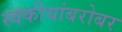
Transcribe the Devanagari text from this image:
स्वकीयांबरोबर